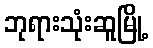
ဘုရားသုံးဆူမြို့